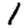
Digit: 1